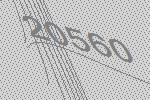
20560